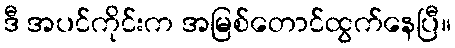
ဒီ အပင်ကိုင်းက အမြစ်တောင်ထွက်နေပြီ။